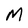
Character: M